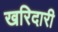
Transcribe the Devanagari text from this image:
खरिदारी